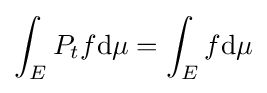
\int _{E}P_{t}f\mathrm {d} \mu =\int _{E}f\mathrm {d} \mu